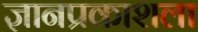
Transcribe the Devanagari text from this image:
ज्ञानप्रकाशला